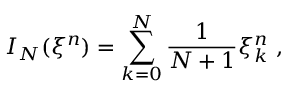
I _ { N } ( { \xi } ^ { n } ) = \sum _ { k = 0 } ^ { N } \frac { 1 } { N + 1 } { \xi } _ { k } ^ { n } \ ,